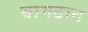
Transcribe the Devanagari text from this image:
यागदान